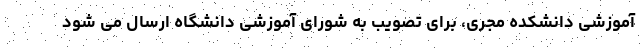
آموزشی دانشکده مجری، برای تصویب به شورای آموزشی دانشگاه ارسال می شود